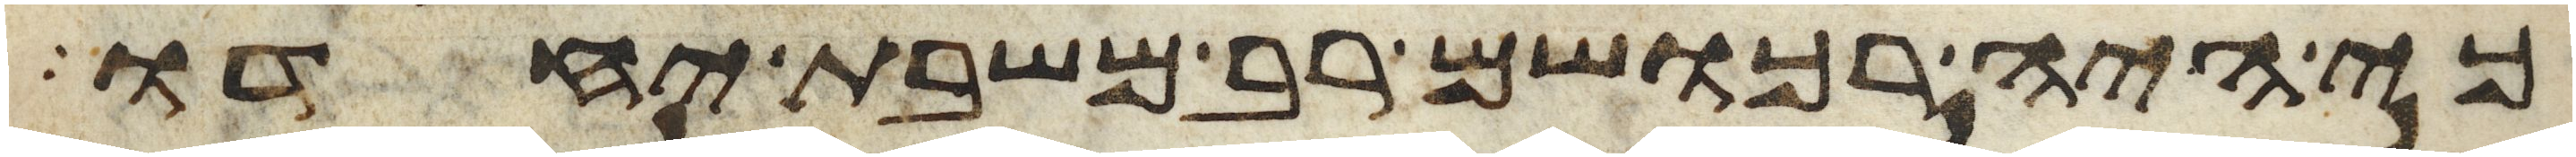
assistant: כי היה רכושם רב משבת יחדו